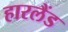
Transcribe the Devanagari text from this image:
हारलैंड